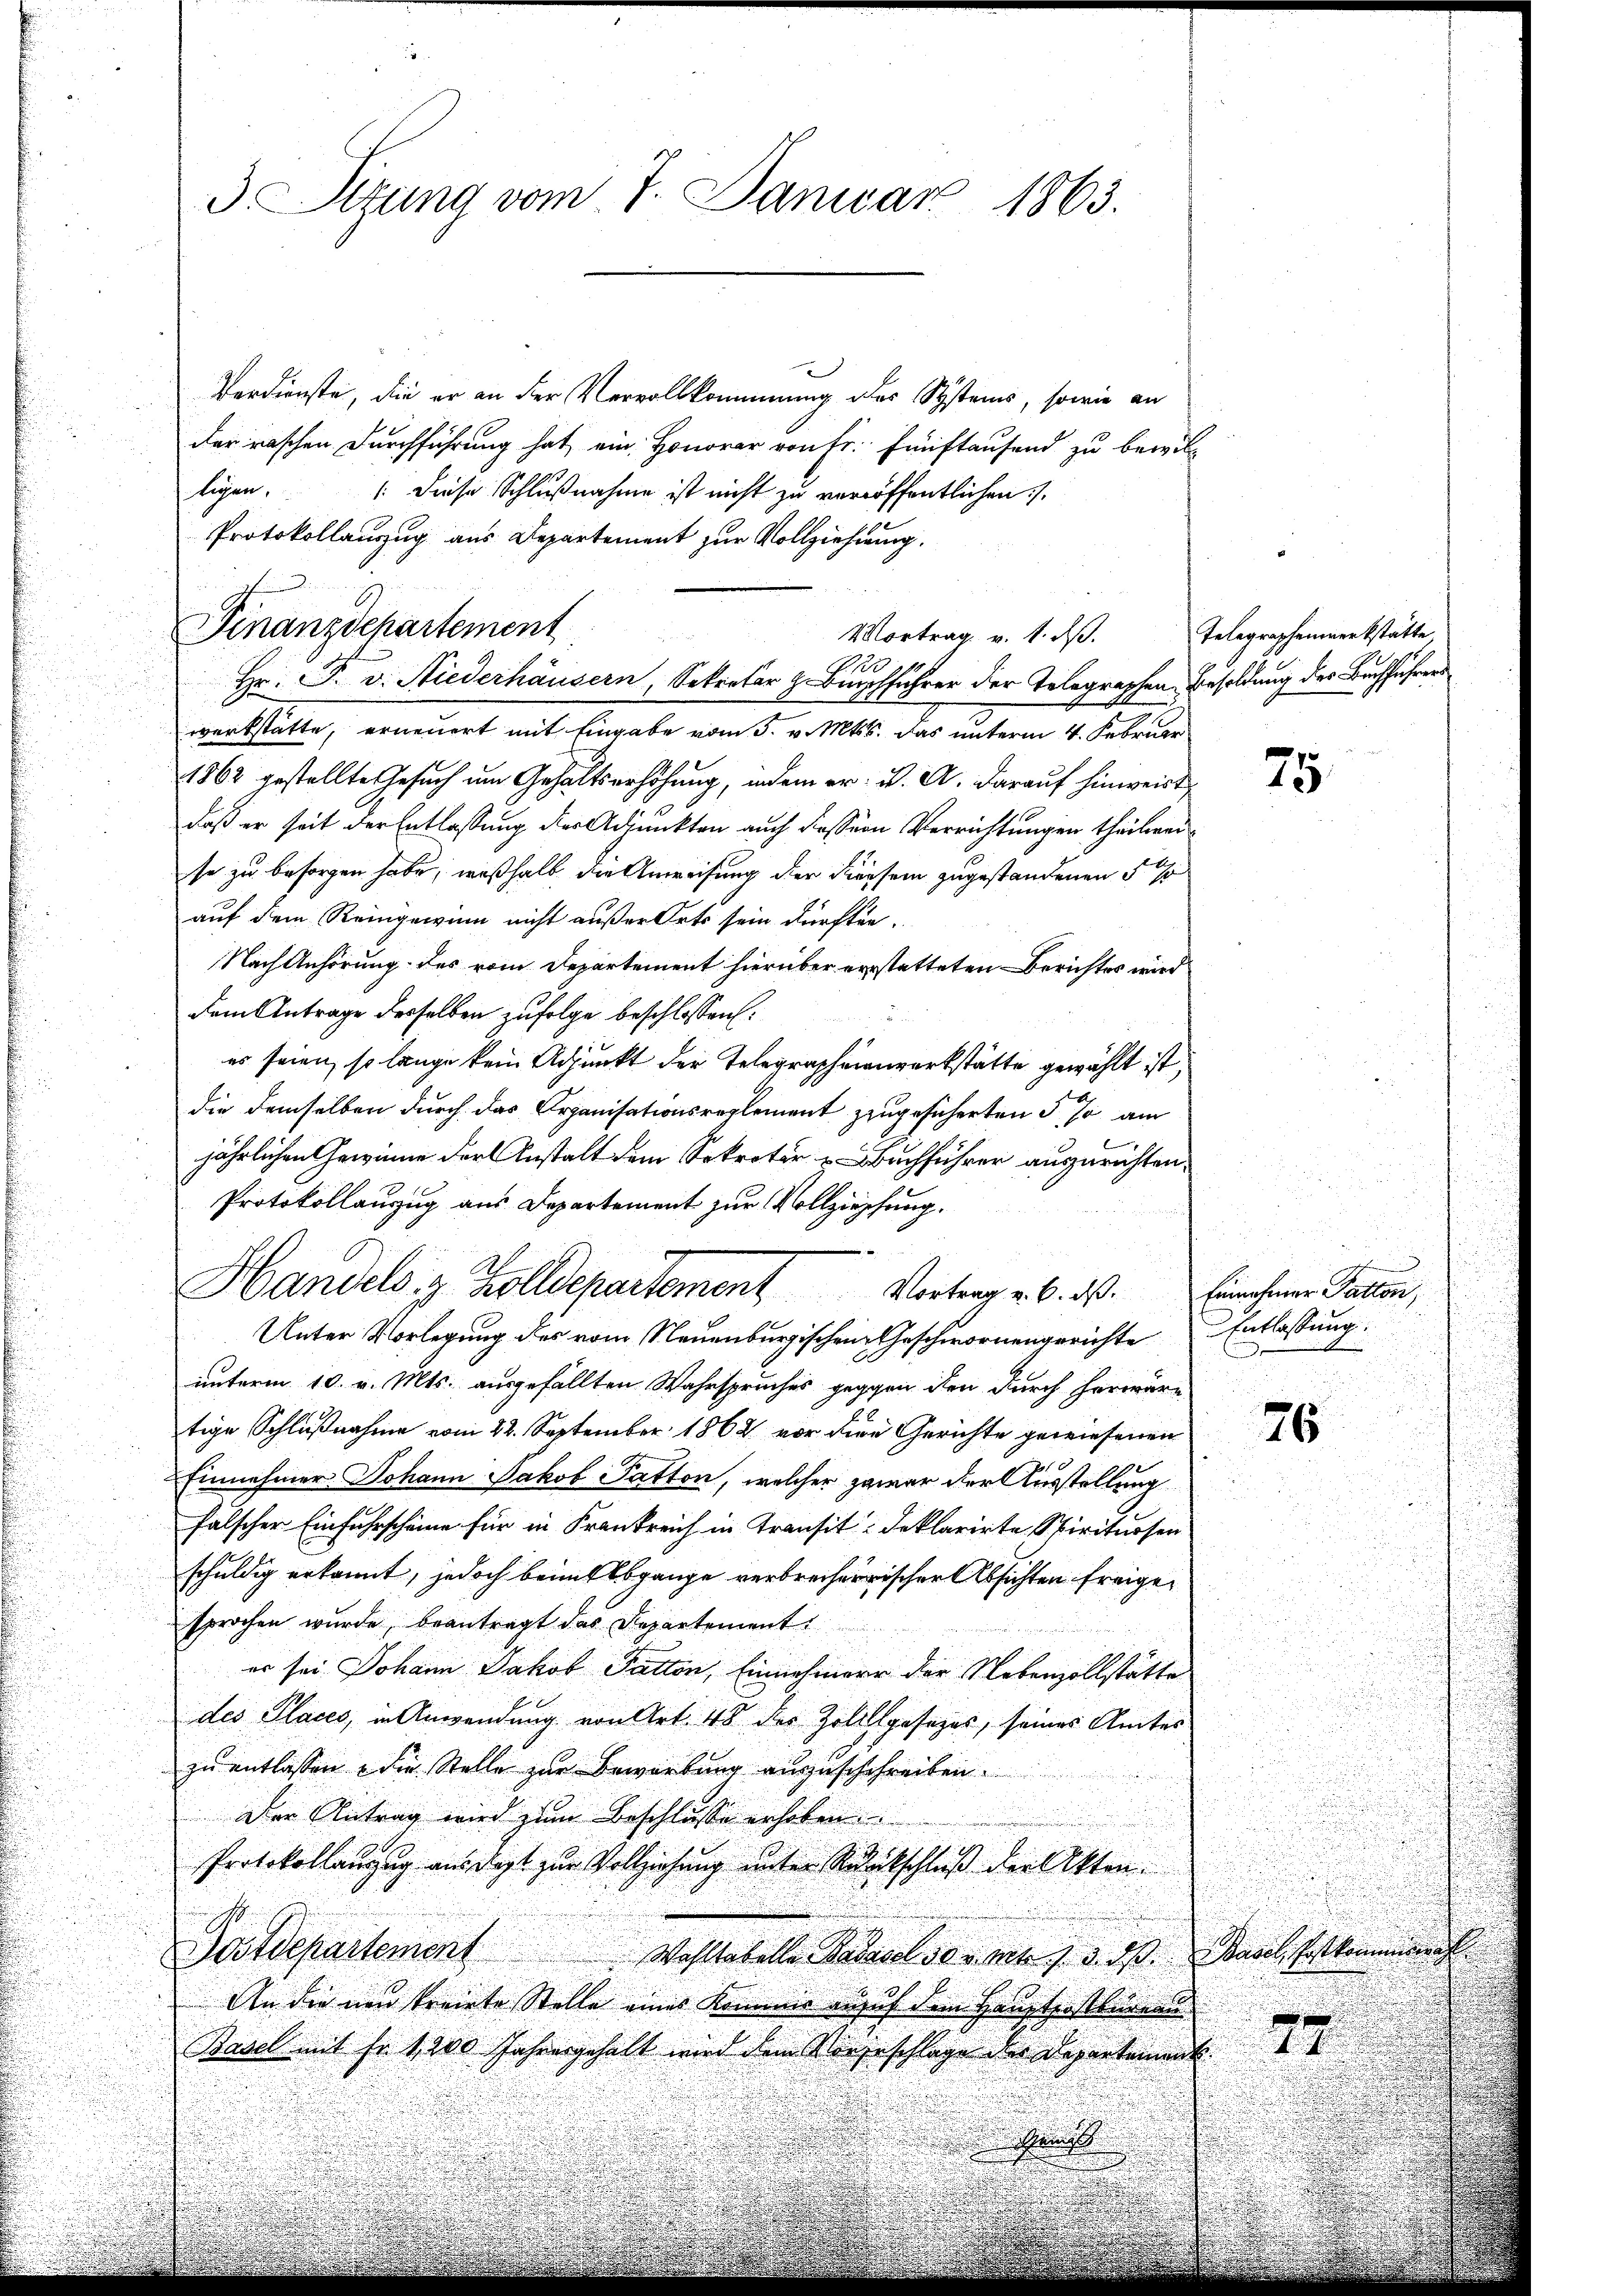
3 Sizung vom 7. Januar 1863.

.
Verdienste, die er an der Vervollkommung des Systems, sowie an
der raschen Durchführung hat, ein Honorar von Fr. fünftausend zu bewill
ligen. Diese Schlußnahme ist nicht zu veröffentlichen
Protokollauszug aus Departement zur Vollziehung.
Hr. P. v. Niederhäusern, Sekretär z. Buchführer der Telegraphen Besoldung des Buchführers
werkstätte, erneuert mit Eingabe vom 5. v. Mts. das unterm 4. Februar
1862 gestellte Gesuch um Gehaltserhöhung, indem er u. A. darauf hinweist
daß er seit der Entlassung der Adjunkten auch dessern Verrichtungen theilweise zu besorgen habe, weßhalb die Anweisung der diesem zugestandenen §
auf dem Reingewinn nicht außer Orts sein dürften.
Nach Anhörung des vom Departement hierüber erstatteten Berichtes wird
dem Antrage derselben zufolge beschlossen:
es seien, so lange kein Adjunkt der Telegrapheienwerkstätte gewählt ist,
die demselben durch das Organisationsreglement zugesicherten 5 so am
l
jährlichen Gewinne der Anstalt dem Sekreter Buchführer auszurichten,
Protokollauszug aus Departement zur Vollziehung.
Handels z. Zolldepartement Vortrag u. 6. dß. Einehmer Salon,
Unter Vorlegung des vom Neuenburgischen Geschwornengerichte Entlassung:
unterm 10. v. Mts. ausgefällten Wahrspruches gegen den durch herwäre
tige Schlußnahme vom 22. September 1862 vor dene Gerichte gewiesenen
76
Einnahmer Johann Jakob Patton, welcher zwar der Ausstellung
fälscher Einfuhrscheine für in Frankreich in Transit Deklarirte Spirituosen
schuldig erkannt, jedoch beim Abgange verbrecherischer Absichten freigesprochen wurde, beantragt das Departement
er sei Johann Jakob Patton, Einnehmern der Nebenzollstätte
u
des Places, in Anwendung von Art. 48 des Zollgesezes, seines Amtes
zu entlassen, die Stelle zur Bewerbung auszuschchreiben.
Der Antrag wird zum Beschlusse erhoben
Protokollanzug ausdagt zur Vollziehung unter Rückschluß der Akten.
Postdepartement
Wahltabelle Kadasel da u. mit 1. d. d. Basel. Er kommenh
An die nun freiete Stelle eines Kommer anruf dem Hauptpostbureau
Basel mit fr. 1200 Jahre gehalt wird den Vorgeschlage die Departement
i

Finanzdchartement
Mortrag v. 1. ds.
A

Telegraphenmerkstätte

75